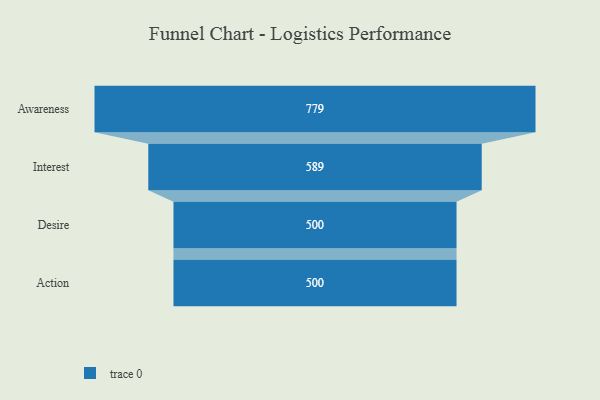
{"axis": {"x": "Stage", "y": "Value"}, "legend": [""], "data": [{"x": "Awareness", "y": 779.0, "type": ""}, {"x": "Interest", "y": 589.0, "type": ""}, {"x": "Desire", "y": 500, "type": ""}, {"x": "Action", "y": 500, "type": ""}]}